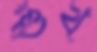
শুঁখ